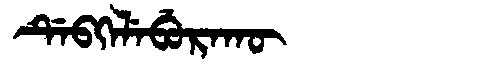
Manchu: ᡩᡝᠪᡴᡝᠯᡝᠪᡠᡵᠠᡴᡡ
Romanization: DEBKELEBURAKŪ